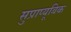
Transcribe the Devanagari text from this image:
सुप्राप्यूबिक